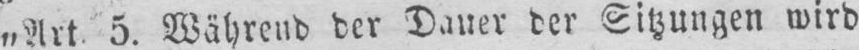
„Art. 5. Während der Dauer der Sitzungen wird